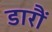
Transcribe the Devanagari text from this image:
डारौं